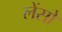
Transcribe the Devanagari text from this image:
लेंसो